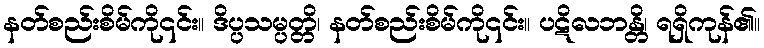
နတ်စည်းစိမ်ကို၎င်း။ ဒိပ္ပသမ္ပတ္တိ၊ နတ်စည်းစိမ်ကို၎င်း။ ပဋိလဘန္တိ၊ ရရှိကုန်၏။